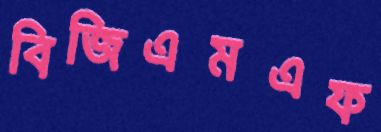
বিজিএমএফ